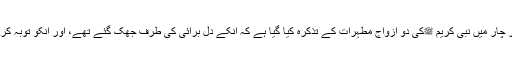
سورہ تحریم کی آیت نمبر چار میں نبی کریم ﷺکی دو ازواج مطہرات کے تذکرہ کیا گیا ہے کہ انکے دل برائی کی طرف جھک گئے تھے، اور انکو توبہ کرنے کا مشورہ دیا گیا تھا۔